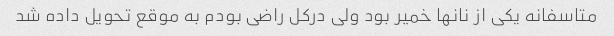
متاسفانه یکی از نانها خمیر بود ولی درکل راضی بودم به موقع تحویل داده شد